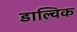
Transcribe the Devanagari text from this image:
डाल्विक